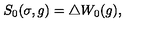
S _ { 0 } ( \sigma , g ) = \triangle W _ { 0 } ( g ) ,